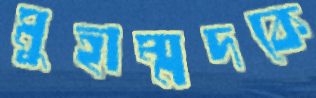
মুহাম্মদকে